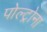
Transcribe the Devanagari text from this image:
पोल्ट्रोना